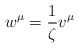
\begin{align*}w^\mu = \frac{1}{\zeta}v^\mu \end{align*}